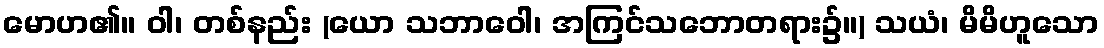
မောဟ၏။ ဝါ၊ တစ်နည်း (ယော သဘာဝေါ၊ အကြင်သဘောတရား၌။) သယံ၊ မိမိဟူသော